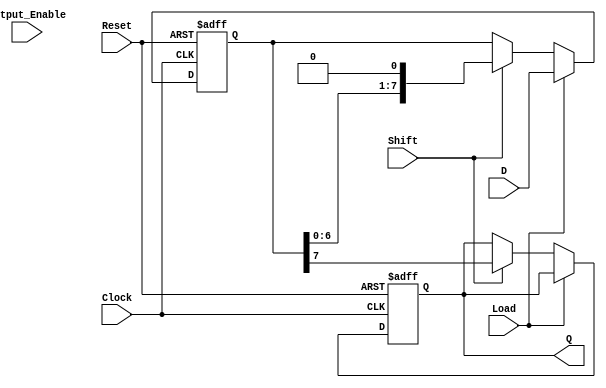
module PISO_Register (
    input wire [7:0] D,          // 8-bit parallel input data
    input wire Load,             // Load control signal
    input wire Shift,            // Shift control signal
    input wire Clock,            // Clock signal
    input wire Reset,            // Reset signal
    input wire Output_Enable,     // Output enable signal
    output reg Q                 // Serial output
);

    reg [7:0] shift_reg;         // 8-bit shift register

    always @(posedge Clock or posedge Reset) begin
        if (Reset) begin
            shift_reg <= 8'b0;    // Clear the shift register on reset
            Q <= 1'b0;            // Clear output on reset
        end else if (Load) begin
            shift_reg <= D;       // Load data into the shift register
        end else if (Shift) begin
            Q <= shift_reg[7];    // Output the MSB of the shift register
            shift_reg <= {shift_reg[6:0], 1'b0}; // Shift right
        end
    end

endmodule